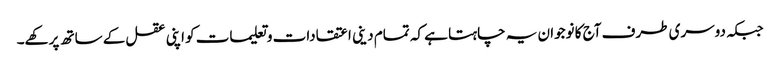
جبکہ دوسری طرف آج کا نوجوان یہ چاہتا ہے کہ تمام دینی اعتقادات و تعلیمات کو اپنی عقل کے ساتھ پرکھے۔